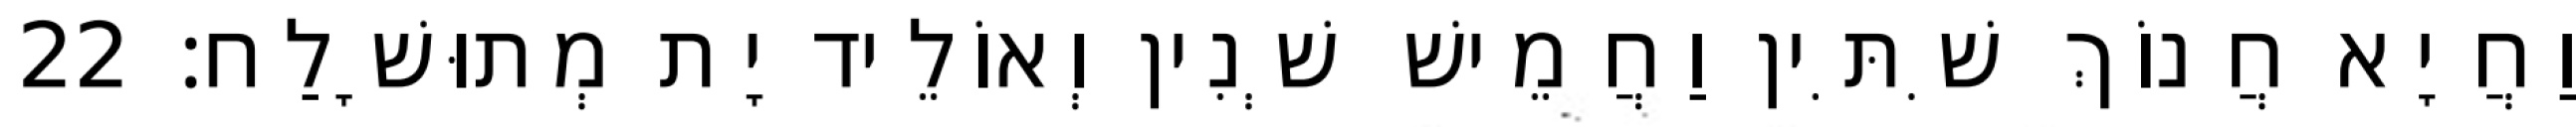
וַחֲיָא חֲנוֹךְ שִׁתִּין וַחֲמֵישׁ שְׁנִין וְאוֹלֵיד יָת מְתוּשָׁלַח׃ 22